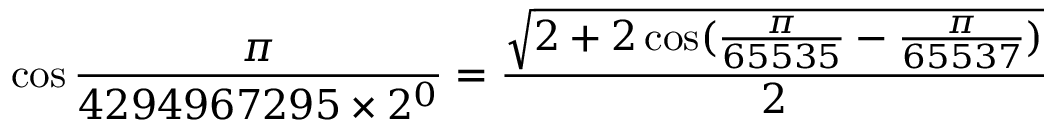
\cos { \frac { \pi } { 4 2 9 4 9 6 7 2 9 5 \times 2 ^ { 0 } } } = { \frac { \sqrt { 2 + 2 \cos ( { \frac { \pi } { 6 5 5 3 5 } } - { \frac { \pi } { 6 5 5 3 7 } } ) } } { 2 } }